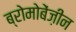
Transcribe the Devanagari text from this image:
ब्रोमोबेंज़ीन